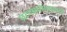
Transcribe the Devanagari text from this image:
प्रत्यार्पणासाठी